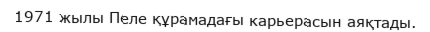
1971 жылы Пеле құрамадағы карьерасын аяқтады.